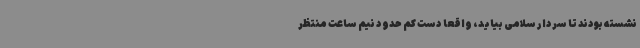
نشسته بودند تا سردار سلامی ‌بیاید، واقعاً دست کم حدود نیم ساعت منتظر